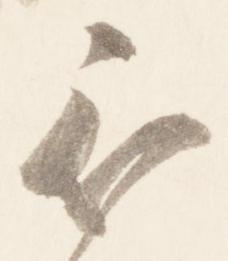
被